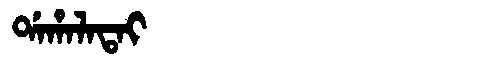
Manchu: ᡩᠠᡥᠠᠯᠠᡨᠠᡳ
Romanization: DAHALATAI